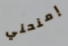
إمنحني